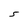
Character: S